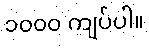
၁၀၀၀ ကျပ်ပါ။